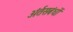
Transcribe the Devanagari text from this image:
अंर्तसबंधों